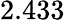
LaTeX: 2.433